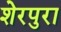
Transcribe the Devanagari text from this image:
शेरपुरा